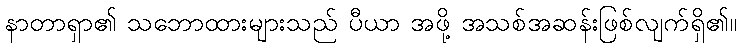
နာတာရှာ၏ သဘောထားများသည် ပီယာ အဖို့ အသစ်အဆန်းဖြစ်လျက်ရှိ၏။